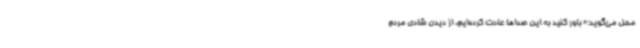
محل می‌گوید:« باور کنید به این صداها عادت کرده‌ایم. از دیدن شادی مردم